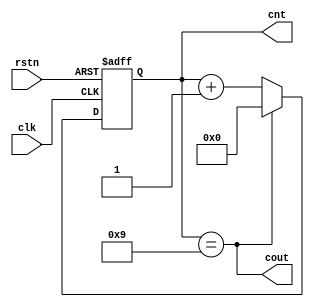
module counter10(
        //
        input                   rstn,   //
        input                   clk,    //
        output [3:0]    cnt,    //
        output                  cout);  //

        reg [3:0]               cnt_temp ;      //
        always@(posedge clk or negedge rstn) begin
                if(! rstn)begin         //0
                        cnt_temp        <= 4'b0 ;
                end
                else if (cnt_temp==4'd9) begin  //10cycle0
                        cnt_temp        <=4'b000;
                end
                else begin                                      //1
                        cnt_temp        <= cnt_temp + 1'b1 ; 
                end
        end

        assign  cout = (cnt_temp==4'd9) ;       //
        assign  cnt  = cnt_temp ;                       //

endmodule